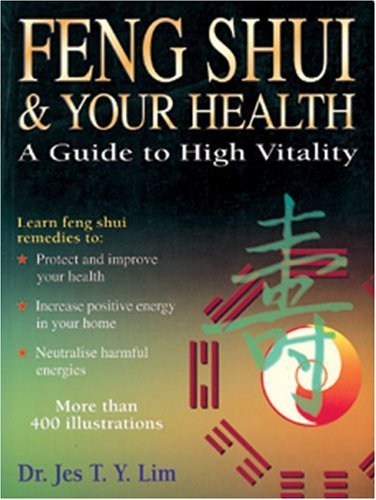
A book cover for Feng Shui and Your Health (Asian Studies, Feng Shui); Dr. Jes T.Y. Lin; Religion & Spirituality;